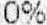
0%